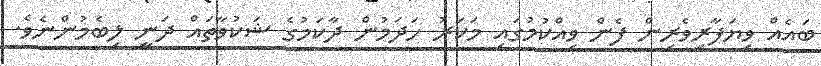
ބައެއް ވިޔަފާރިވެރިން ފެން ވިއްކުމުގައި މަކަރު ހަދަމުން ދާކަމުގެ ޝަކުވާތައް ދަނީ ލިބެމުންނެވެ.